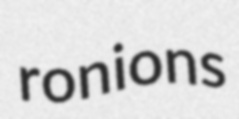
ronions